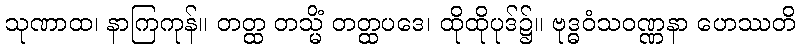
သုဏာထ၊ နာကြကုန်။ တတ္ထ တသ္မိံ တတ္ထပဒေ၊ ထိုထိုပုဒ်၌။ ဗုဒ္ဓဝံသဝဏ္ဏနာ ဟေဿတိ